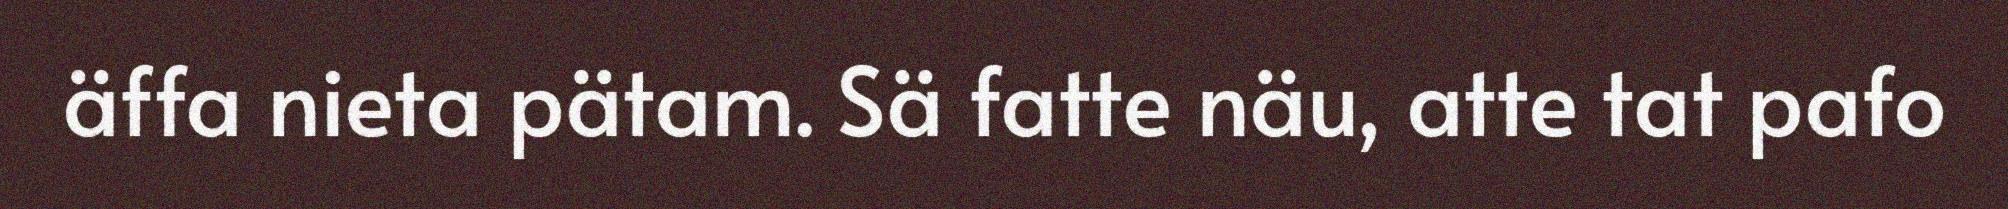
äffa nieta pätam. Sä fatte näu, atte tat pafo